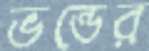
ভন্ডের